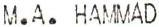
M.A.HAMMAD